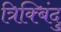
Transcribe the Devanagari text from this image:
त्रिक्बिंदु